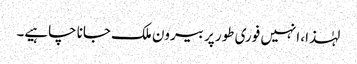
لہٰذا، انہیں فوری طور پر بیرون ملک جانا چاہیے۔